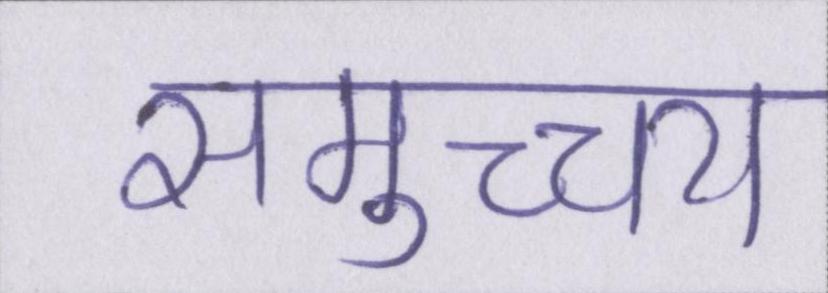
समुच्च्य